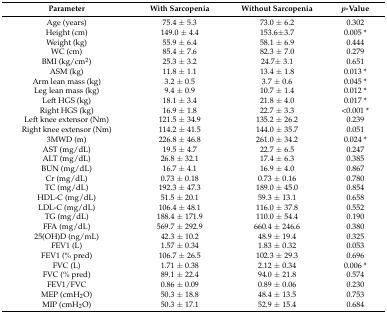
<table><thead><tr><td><b>Parameter</b></td><td><b>With Sarcopenia</b></td><td><b>Without Sarcopenia</b></td><td><b><i>p</i>-Value</b></td></tr></thead><tbody><tr><td>Age (years)</td><td>75.4 ± 5.3</td><td>73.0 ± 6.2</td><td>0.302</td></tr><tr><td>Height (cm)</td><td>149.0 ± 4.4</td><td>153.6±3.7</td><td>0.005 *</td></tr><tr><td>Weight (kg)</td><td>55.9 ± 6.4</td><td>58.1 ± 6.9</td><td>0.444</td></tr><tr><td>WC (cm)</td><td>85.4 ± 7.6</td><td>82.3 ± 7.0</td><td>0.279</td></tr><tr><td>BMI (kg/cm<sup>2</sup>)</td><td>25.3 ± 3.2</td><td>24.7± 3.1</td><td>0.651</td></tr><tr><td>ASM (kg)</td><td>11.8 ± 1.1</td><td>13.4 ± 1.8</td><td>0.013 *</td></tr><tr><td>Arm lean mass (kg)</td><td>3.2 ± 0.5</td><td>3.7 ± 0.6</td><td>0.045 *</td></tr><tr><td>Leg lean mass (kg)</td><td>9.4 ± 0.9</td><td>10.7 ± 1.4</td><td>0.012 *</td></tr><tr><td>Left HGS (kg)</td><td>18.1 ± 3.4</td><td>21.8 ± 4.0</td><td>0.017 *</td></tr><tr><td>Right HGS (kg)</td><td>16.9 ± 1.8</td><td>22.7 ± 3.3</td><td>&lt;0.001 *</td></tr><tr><td>Left knee extensor (Nm)</td><td>121.5 ± 34.9</td><td>135.2 ± 26.2</td><td>0.239</td></tr><tr><td>Right knee extensor (Nm)</td><td>114.2 ± 41.5</td><td>144.0 ± 35.7</td><td>0.051</td></tr><tr><td>3MWD (m)</td><td>226.8 ± 46.8</td><td>261.0 ± 34.2</td><td>0.024 *</td></tr><tr><td>AST (mg/dL)</td><td>19.5 ± 4.7</td><td>22.7 ± 6.5</td><td>0.247</td></tr><tr><td>ALT (mg/dL)</td><td>26.8 ± 32.1</td><td>17.4 ± 6.3</td><td>0.385</td></tr><tr><td>BUN (mg/dL)</td><td>16.7 ± 4.1</td><td>16.9 ± 4.0</td><td>0.867</td></tr><tr><td>Cr (mg/dL)</td><td>0.73 ± 0.18</td><td>0.73 ± 0.16</td><td>0.780</td></tr><tr><td>TC (mg/dL)</td><td>192.3 ± 47.3</td><td>189.0 ± 45.0</td><td>0.854</td></tr><tr><td>HDL-C (mg/dL)</td><td>51.5 ± 20.1</td><td>59.3 ± 13.1</td><td>0.658</td></tr><tr><td>LDL-C (mg/dL)</td><td>106.4 ± 48.1</td><td>116.0 ± 37.8</td><td>0.552</td></tr><tr><td>TG (mg/dL)</td><td>188.4 ± 171.9</td><td>110.0 ± 54.4</td><td>0.190</td></tr><tr><td>FFA (mg/dL)</td><td>569.7 ± 292.9</td><td>660.4 ± 246.6</td><td>0.380</td></tr><tr><td>25(OH)D (ng/mL)</td><td>42.3 ± 10.2</td><td>48.9 ± 19.4</td><td>0.325</td></tr><tr><td>FEV1 (L)</td><td>1.57 ± 0.34</td><td>1.83 ± 0.32</td><td>0.053</td></tr><tr><td>FEV1 (% pred)</td><td>106.7 ± 26.5</td><td>102.3 ± 29.3</td><td>0.696</td></tr><tr><td>FVC (L)</td><td>1.71 ± 0.38</td><td>2.12 ± 0.34</td><td>0.006 *</td></tr><tr><td>FVC (% pred)</td><td>89.1 ± 22.4</td><td>94.0 ± 21.8</td><td>0.574</td></tr><tr><td>FEV1/FVC</td><td>0.86 ± 0.09</td><td>0.89 ± 0.06</td><td>0.230</td></tr><tr><td>MEP (cmH<sub>2</sub>O)</td><td>50.3 ± 18.8</td><td>48.4 ± 13.5</td><td>0.753</td></tr><tr><td>MIP (cmH<sub>2</sub>O)</td><td>50.3 ± 17.1</td><td>52.9 ± 15.4</td><td>0.684</td></tr></tbody></table>